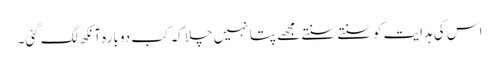
اس کی ہدایت کو سنتے سنتے مجھے پتا نہیں چلا کہ کب دوبارہ آنکھ لگ گئی۔